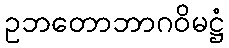
ဥဘတောဘာဂဝိမဋ္ဌံ